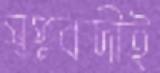
স্বপ্নবাদীই